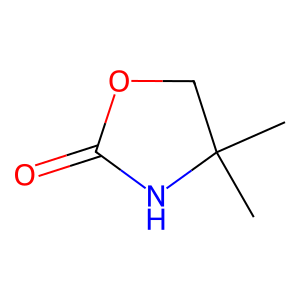
SMILES: CC1(C)COC(=O)N1
Inhibits HIV replication: No